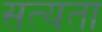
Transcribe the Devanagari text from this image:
सत्‍यता